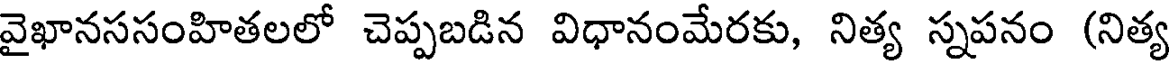
వైఖానససంహితలలో చెప్పబడిన విధానంమేరకు, నిత్య స్నపనం (నిత్య